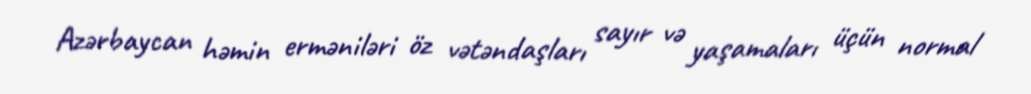
Azərbaycan həmin erməniləri öz vətəndaşları sayır və yaşamaları üçün normal